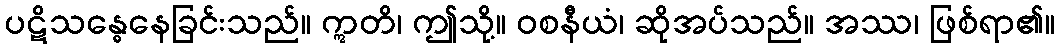
ပဋိသန္ဓေနေခြင်းသည်။ ဣတိ၊ ဤသို့။ ဝစနီယံ၊ ဆိုအပ်သည်။ အဿ၊ ဖြစ်ရာ၏။